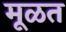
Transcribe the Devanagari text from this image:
मूळत